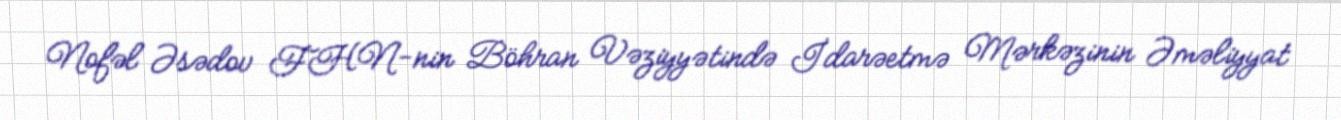
Nofəl Əsədov FHN-nin Böhran Vəziyyətində İdarəetmə Mərkəzinin Əməliyyat